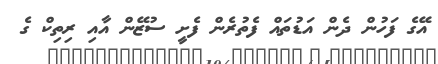
އޭގެ ފަހުން ދެން އަޑުތައް ފެތުރެން ފެށީ ސުޒޭން އާއި ރިތިކް ގެ